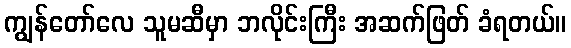
ကျွန်တော်လေ သူမဆီမှာ ဘလိုင်းကြီး အဆက်ဖြတ် ခံရတယ်။